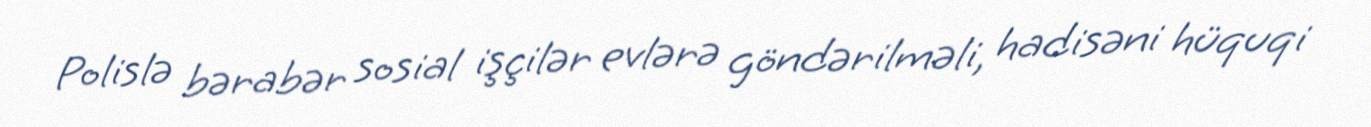
Polislə bərabər sosial işçilər evlərə göndərilməli, hadisəni hüquqi